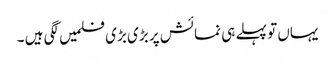
یہاں تو پہلے ہی نمائش پر بڑی بڑی فلمیں لگی ہیں ۔